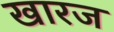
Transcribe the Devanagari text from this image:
खारज